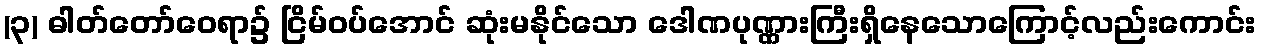
(၃) ဓါတ်တော်ဝေရာ၌ ငြိမ်ဝပ်အောင် ဆုံးမနိုင်သော ဒေါဏပုဏ္ဏားကြီးရှိနေသောကြောင့်လည်းကောင်း